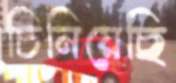
চিনিয়েছি